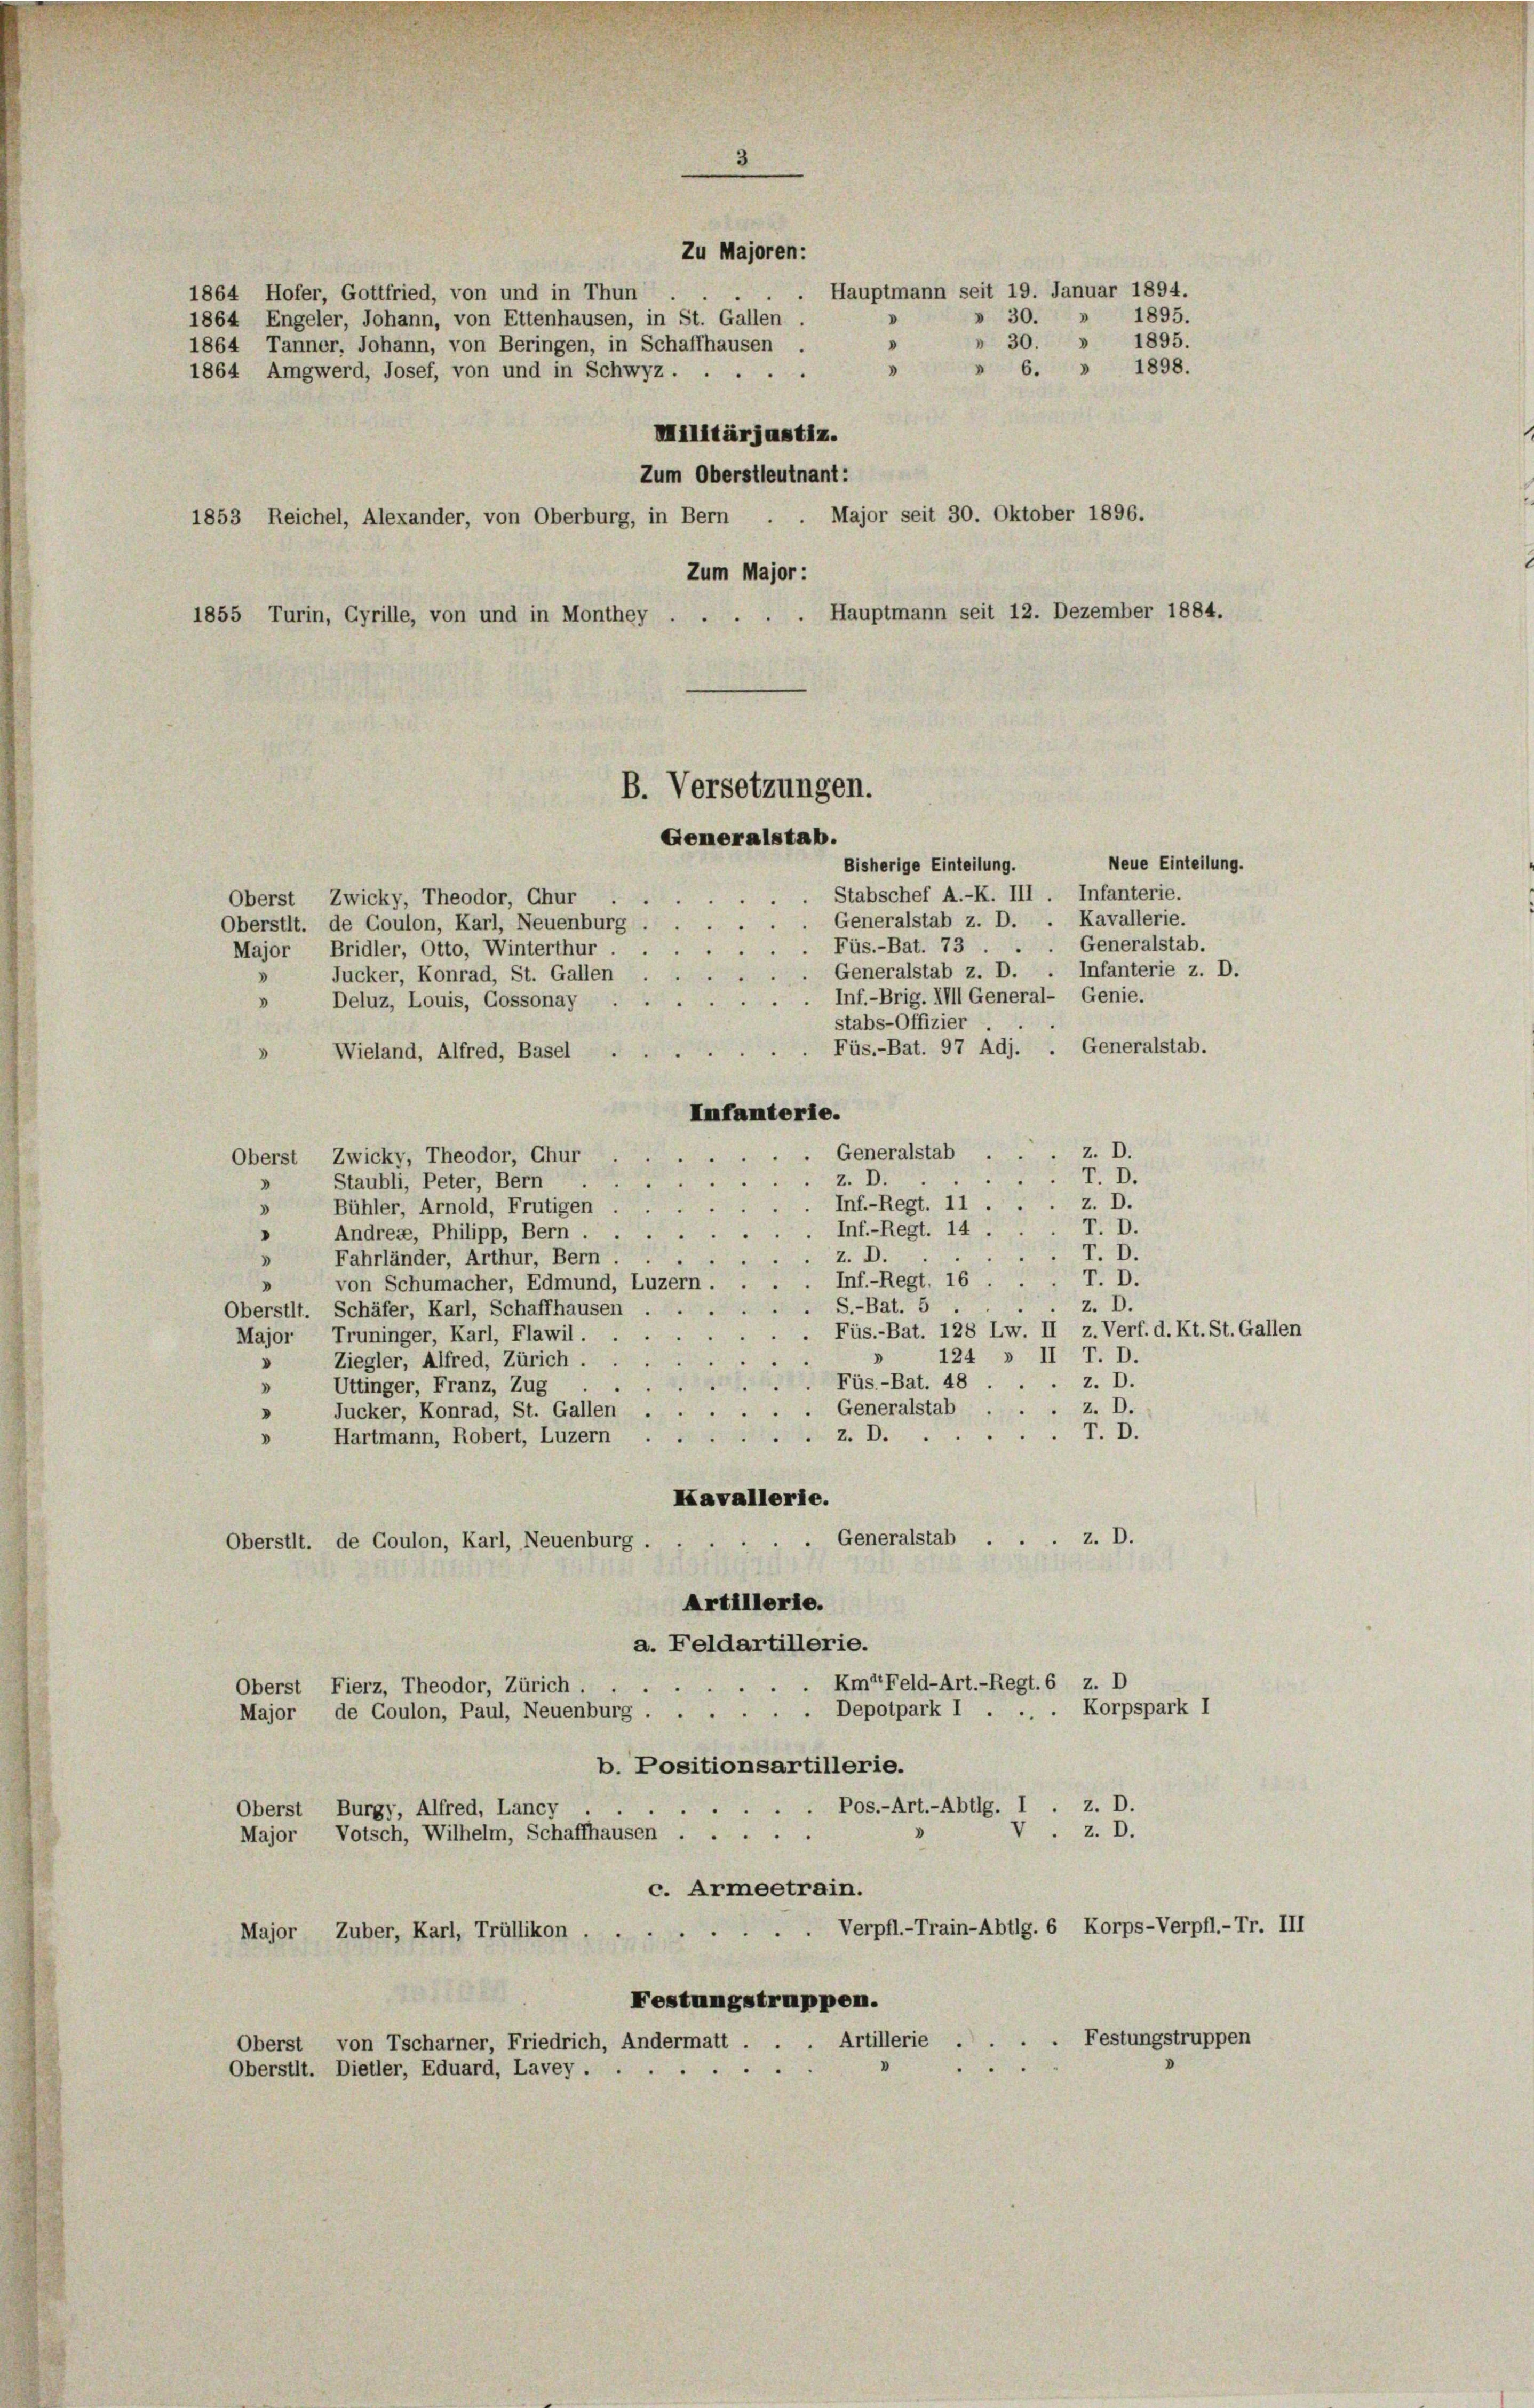
1864 Hofer, Gottfried, von und in Thun

. Hauptmann seit 19. Januar 1894.
» 30.
1864 Engeler, Johann, von Ettenhausen, in St. Gallen .
» 30. » 1895.
1864 Tanner, Johann, von Beringen, in Schaffhausen .
» 6. » 1898.
"
1864 Amgwerd, Josef, von und in Schwyz.
Militärjustiz.
Zum Oberstleutnant:
Major seit 30. Oktober 1896.
1853 Reichel, Alexander, von Oberburg, in Bern
Zum Major :
Hauptmann seit 12. Dezember 1884.
1855 Turin, Cyrille, von und in Monthey

B. Versetzungen.

Generalstab.

Zu Majoren:

1895.

Neue Einteilung.
Generalstab.

Oberst Zwicky, Theodor, Chur
Oberstit. de Coulon, Karl, Neuenburg . .
Major Bridler, Otto, Winterthur
Jucker, Konrad, St. Gallen
.
Deluz, Louis, Gossonay
Wieland, Alfred, Basel
1
Infanterie.
z. D.
Generalstab
Oberst Zwicky, Theodor, Chur
T. D.
z. D.
Staubli, Peter, Bern
d
z. D.
Inf.-Regt. 11 ..
Bühler, Arnold, Frutigen
3
T. D.
Inf.-Regt. 14 .
Andreae, Philipp, Bern
T. D.
z. D.
Fahrländer, Arthur, Bern
T. D.
Inf.-Regt. 16.
von Schumacher, Edmund, Luzern.
z. D.
S.-Bat. 5
Oberstlt. Schäfer, Karl, Schaffhausen
Füs.-Bat. 128 Lw. II z. Verf. d. Kt. St. Gallen
Major Truninger, Karl, Flawil.
.
124 » II T. D.
Ziegler, Alfred, Zürich.
d
Füs.-Bat. 482. D.
.
Uttinger, Franz, Zug
z. D.
Generalstab
Jucker, Konrad, St. Gallen
z.T. D.
Hartmann, Robert, Luzern
.
Kavallerie.
Generalstab...z. D.
Oberstit. de Coulon, Karl, Neuenburg .
Artillerie.
a. Feldartillerie.
Oberst Fierz, Theodor, Zürich Km"Feld-Art.-Regt. 6 z. D
Major, de Goulon, Paul, Neuenburg . . . . . . Depotpark I . .. . Korpspark I
b. Positionsartillerie.
. z. D.
Pos.-Art.-Abtlg.
Oberst Burgy, Alfred, Lancy
V. z. D.
Major Votsch, Wilhelm, Schaffhausen.
c. Armeetrain.
Verpfl.-Train-Abtlg. 6 Korps-Verpfl.-Tr. III
Major Zuber, Karl, Trüllikon,
Festungstruppen.
Oberst von Tscharner, Friedrich, Andermatt . . . Artillerie . . . . Festungstruppen
.
Oberstlt. Dietler, Eduard, Lavey .

Bisherige Einteilung.
Stabschef A.-K. III. Infanterie.
. Generalstab z. D. . Kavallerie.
.Füs.-Bat. 73 ..
Generalstab z. D. . Infanterie z. D.
Inf.-Brig. III General- Genie.
.
stabs-Offizier
Füs.-Bat. 97 Adj. . Generalstab.